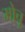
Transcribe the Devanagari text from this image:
मोचू